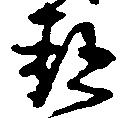
都